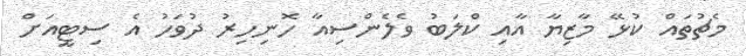
މެޗުތައް ކުޅޭ މާޒިޔާ އާއި ކްލަބު ވެލެންސިއާ ހޮނިހިރު ދުވަހު އެ ސިޓީއަށް